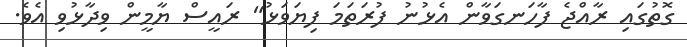
ގޮތުގައި ރާއްޖެ ފާހަނގަވާން އެޅުނު ފުރަތަމަ ފިޔަވަޅު" ރައީސް ޔާމީން ވިދާޅުވި އެވެ.